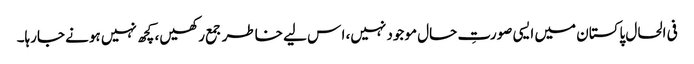
فی الحال پاکستان میں ایسی صورتِ حال موجود نہیں، ا س لیے خاطر جمع رکھیں، کچھ نہیں ہونے جارہا۔